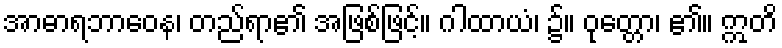
အာဓာရဘာဝေန၊ တည်ရာ၏ အဖြစ်ဖြင့်။ ဂါထာယံ၊ ၌။ ဝုတ္တော၊ ၏။ ဣတိ